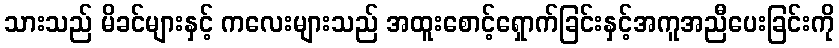
သားသည် မိခင်များနှင့် ကလေးများသည် အထူးစောင့်ရှောက်ခြင်းနှင့်အကူအညီပေးခြင်းကို